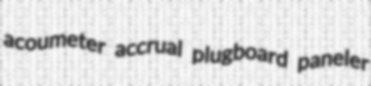
acoumeter accrual plugboard paneler